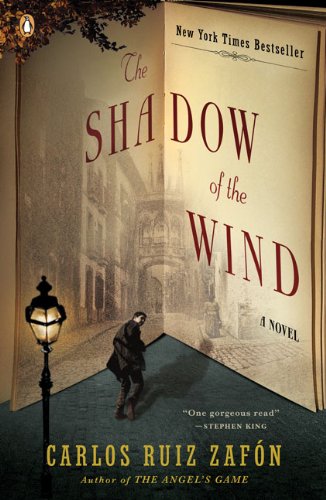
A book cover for The Shadow of the Wind; Carlos Ruiz ZafÃ³n; Mystery, Thriller & Suspense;